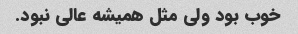
خوب بود ولی مثل همیشه عالی نبود.